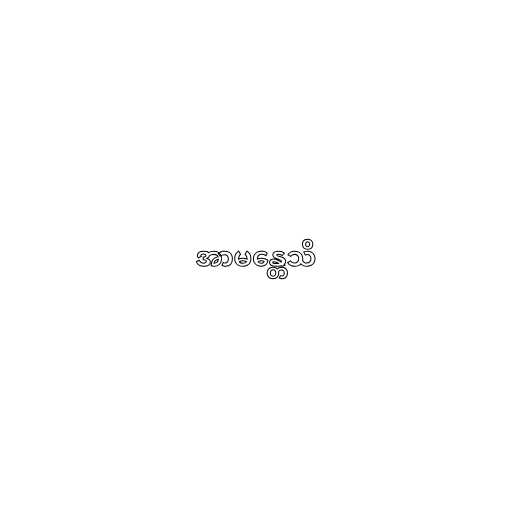
အာမန္တေသိ